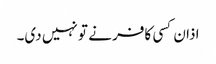
اذان کسی کافر نے تو نہیں دی۔